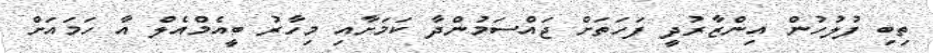
ތިބި ފުލުހުން އިންޒާރުދީ ފަހަތަށް ޖައްސަމުންދާ ކަމަށާއި މިހާރު ބީއެމްއެލް އާ ހަމައަށް